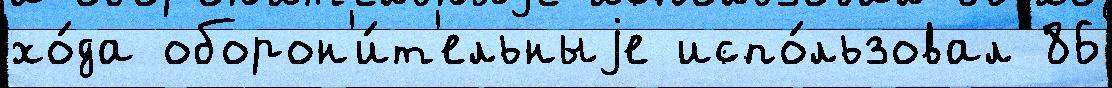
хо́да оборон'и́т'ельныjе испо́льзовал 86